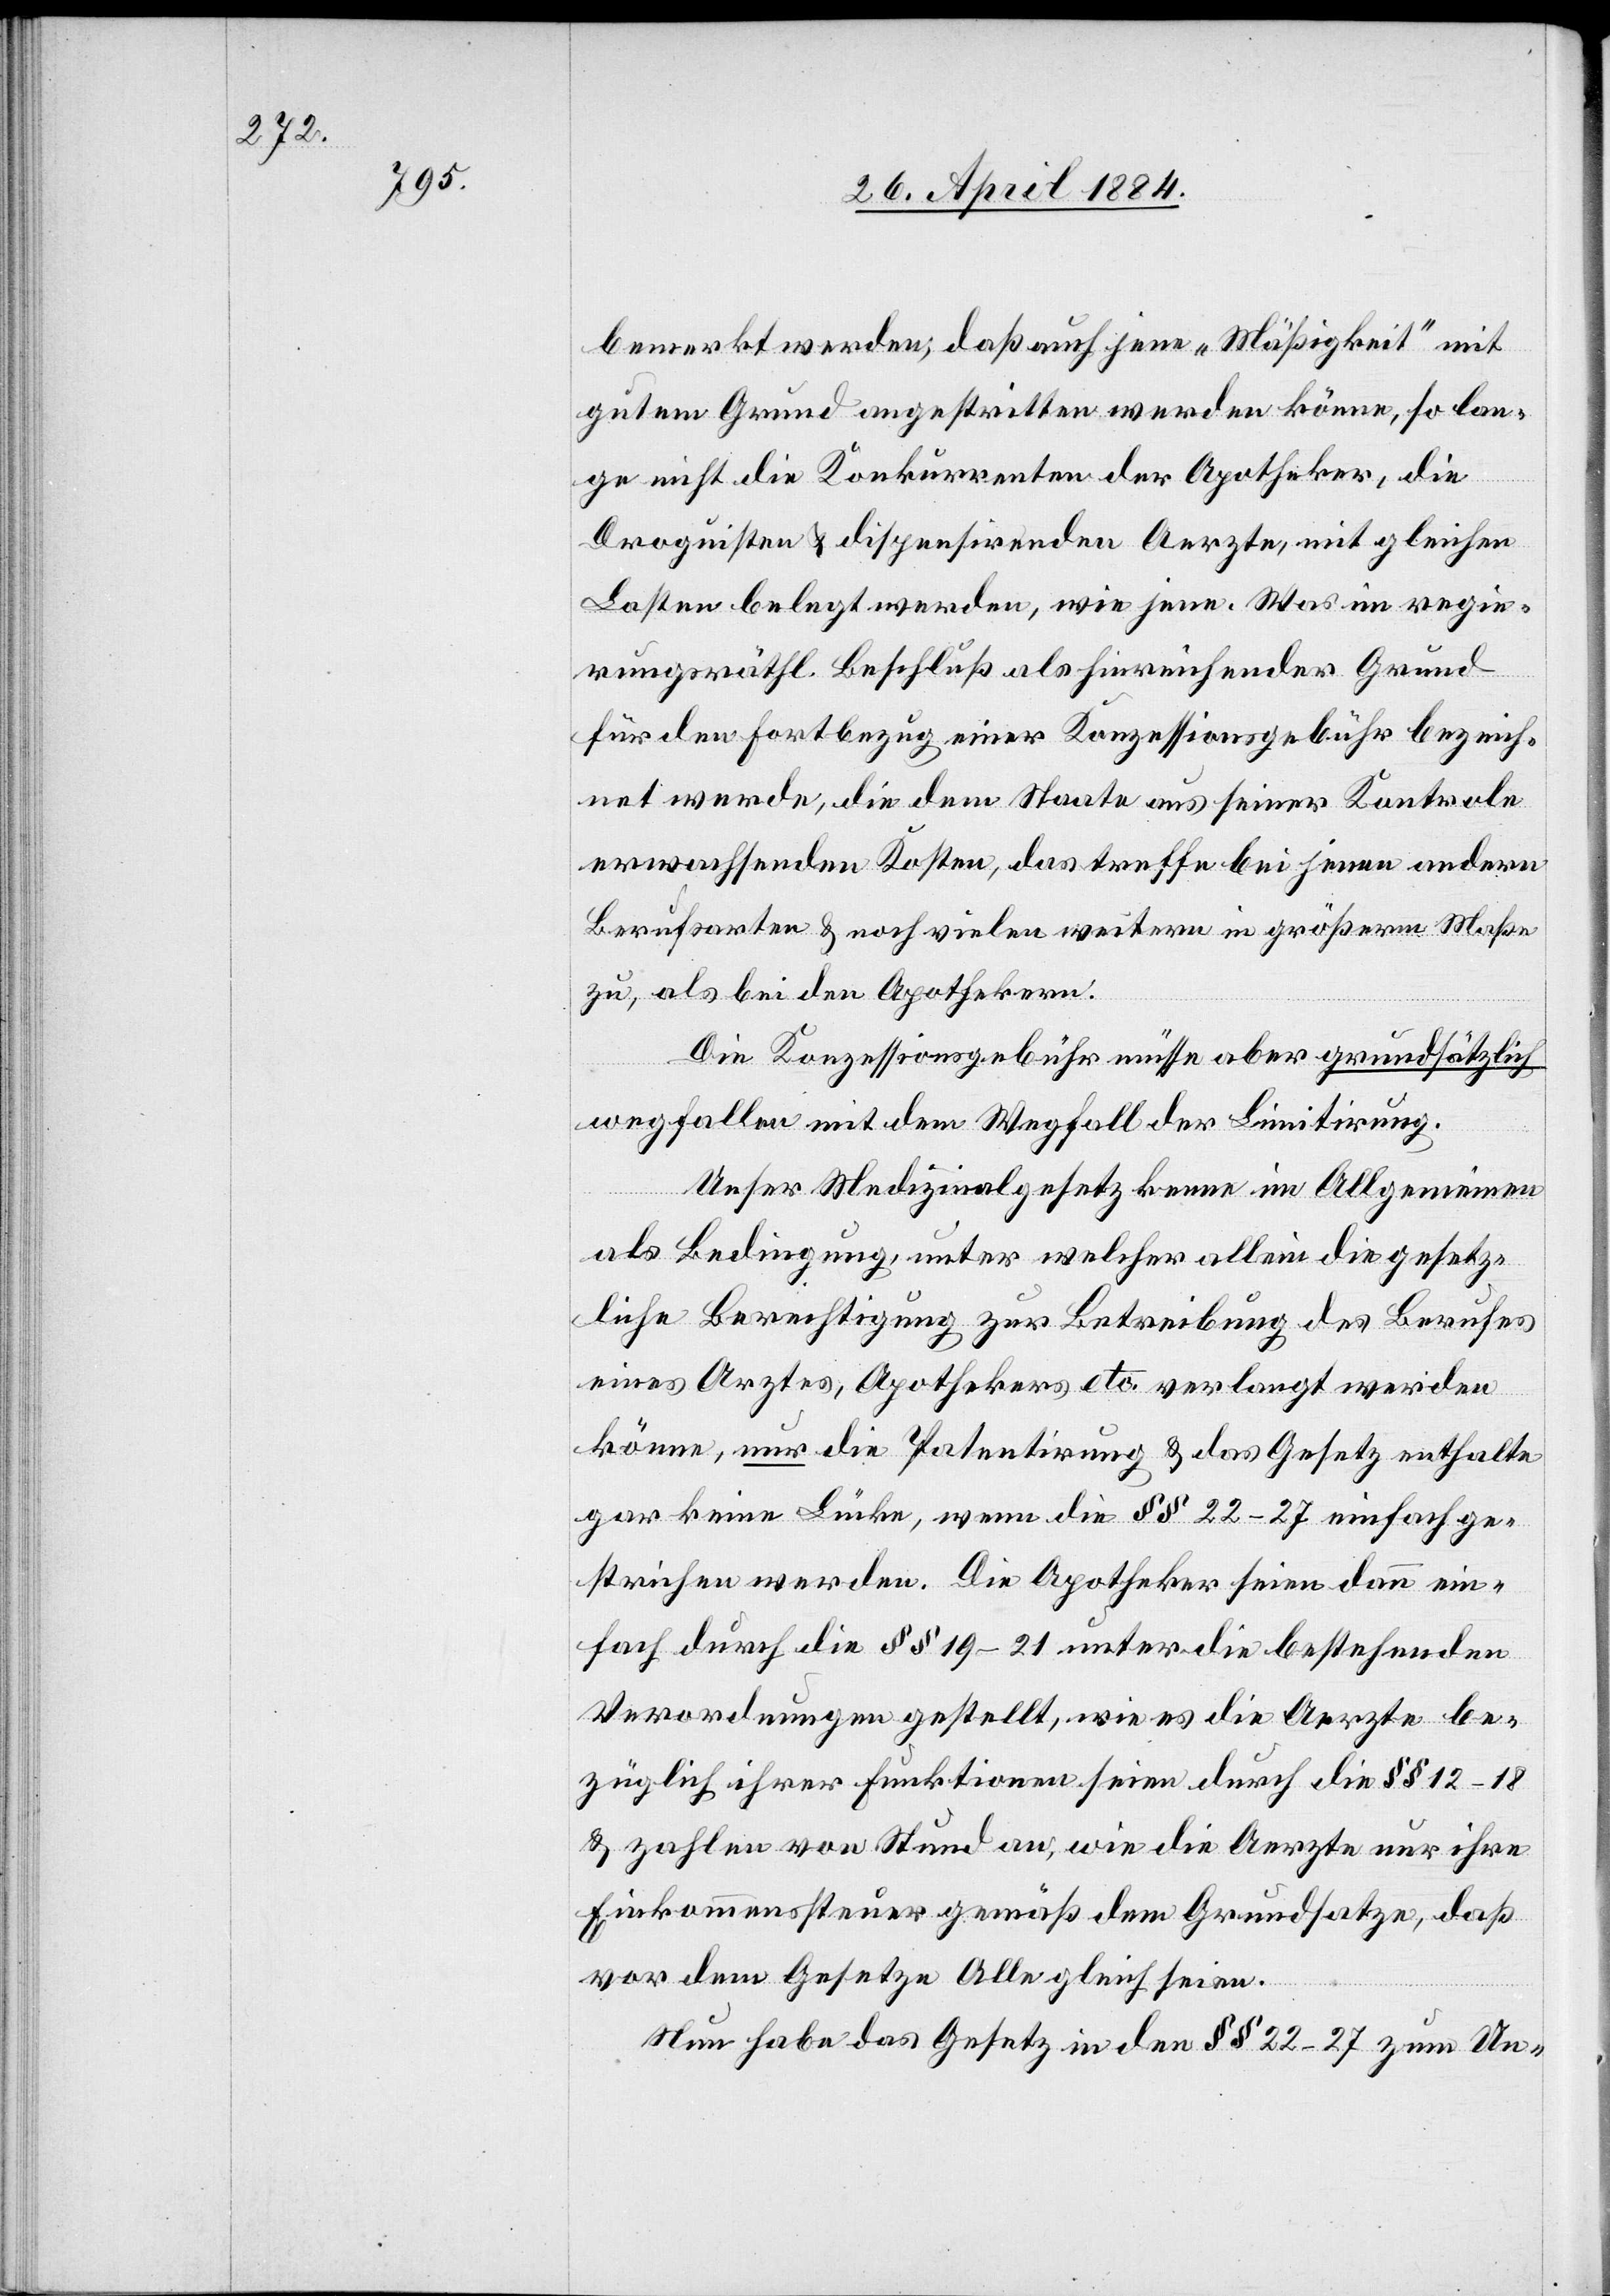
bemerkt werden; daß auch jene „Mäßigkeit“ mit
gutem Grund angestritten werden könne, so lan¬
ge nicht die Konkurrenten der Apotheker, die
Droguisten & dispensirenden Aerzte, mit gleichen
Lasten belegt werden, wie jene. Was im regie¬
rungsräthl. Beschluß als hinreichender Grund
für den Fortbezug einer Konzessionsgebühr bezeich¬
net werde, die dem Staate aus seiner Kontrole
erwachsenden Kosten, das treffe bei jenen andern
Berufsarten & noch vielen weitern in größerm Maße
zu, als bei den Apothekern.
Die Konzessionsgebühr müsse aber grundsätzlich
wegfallen mit dem Wegfall der Limitirung.
Unser Medizinalgesetz kenne im Allgemeinen
als Bedingung, unter welcher allein die gesetz¬
liche Berechtigung zur Betreibung des Berufes
eines Arztes, Apothekers etc. verlangt werden
könne, nur die Patentirung & das Gesetz enthalte
gar keine Lücke, wenn die §§ 22–27 einfach ge¬
strichen werden. Die Apotheker seine dann ein¬
fach durch die §§ 19–21 unter die bestehenden
Verordnungen gestellt, wie es die Aerzte be¬
züglich ihrer Funktionen seien durch die §§ 12–18
& zahlen von Stund an, wie die Aerzte nur ihre
Einkommenssteuer gemäß dem Grundsatze, daß
vor dem Gesetze Alle gleich seien.
Nun habe das Gesetz in den §§ 22–27 zum Un-